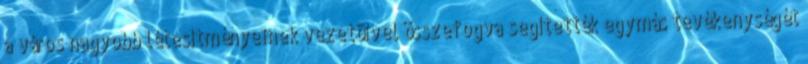
a város nagyobb létesítményeinek vezetôivel összefogva segítették egymás tevékenységét